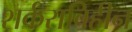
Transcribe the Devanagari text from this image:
शर्कराविहीन